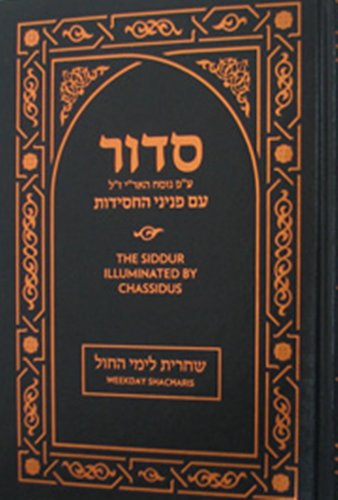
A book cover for Siddur Illuminated by Chassidus - Weekday Shacharis 7 x 10; Rabbi Schneur Zalman of Liadi; Religion & Spirituality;